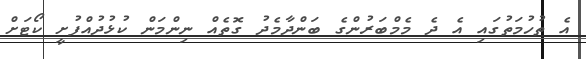
އެ ތުހުމަތުގައި އެ ދެ މެމްބަރުންގެ ބަންދާމެދު ގޮތެއް ނިންމަން ކުޅުދުއްފުށީ ކޯޓަށް